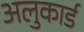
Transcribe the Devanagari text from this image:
अलुकार्ड